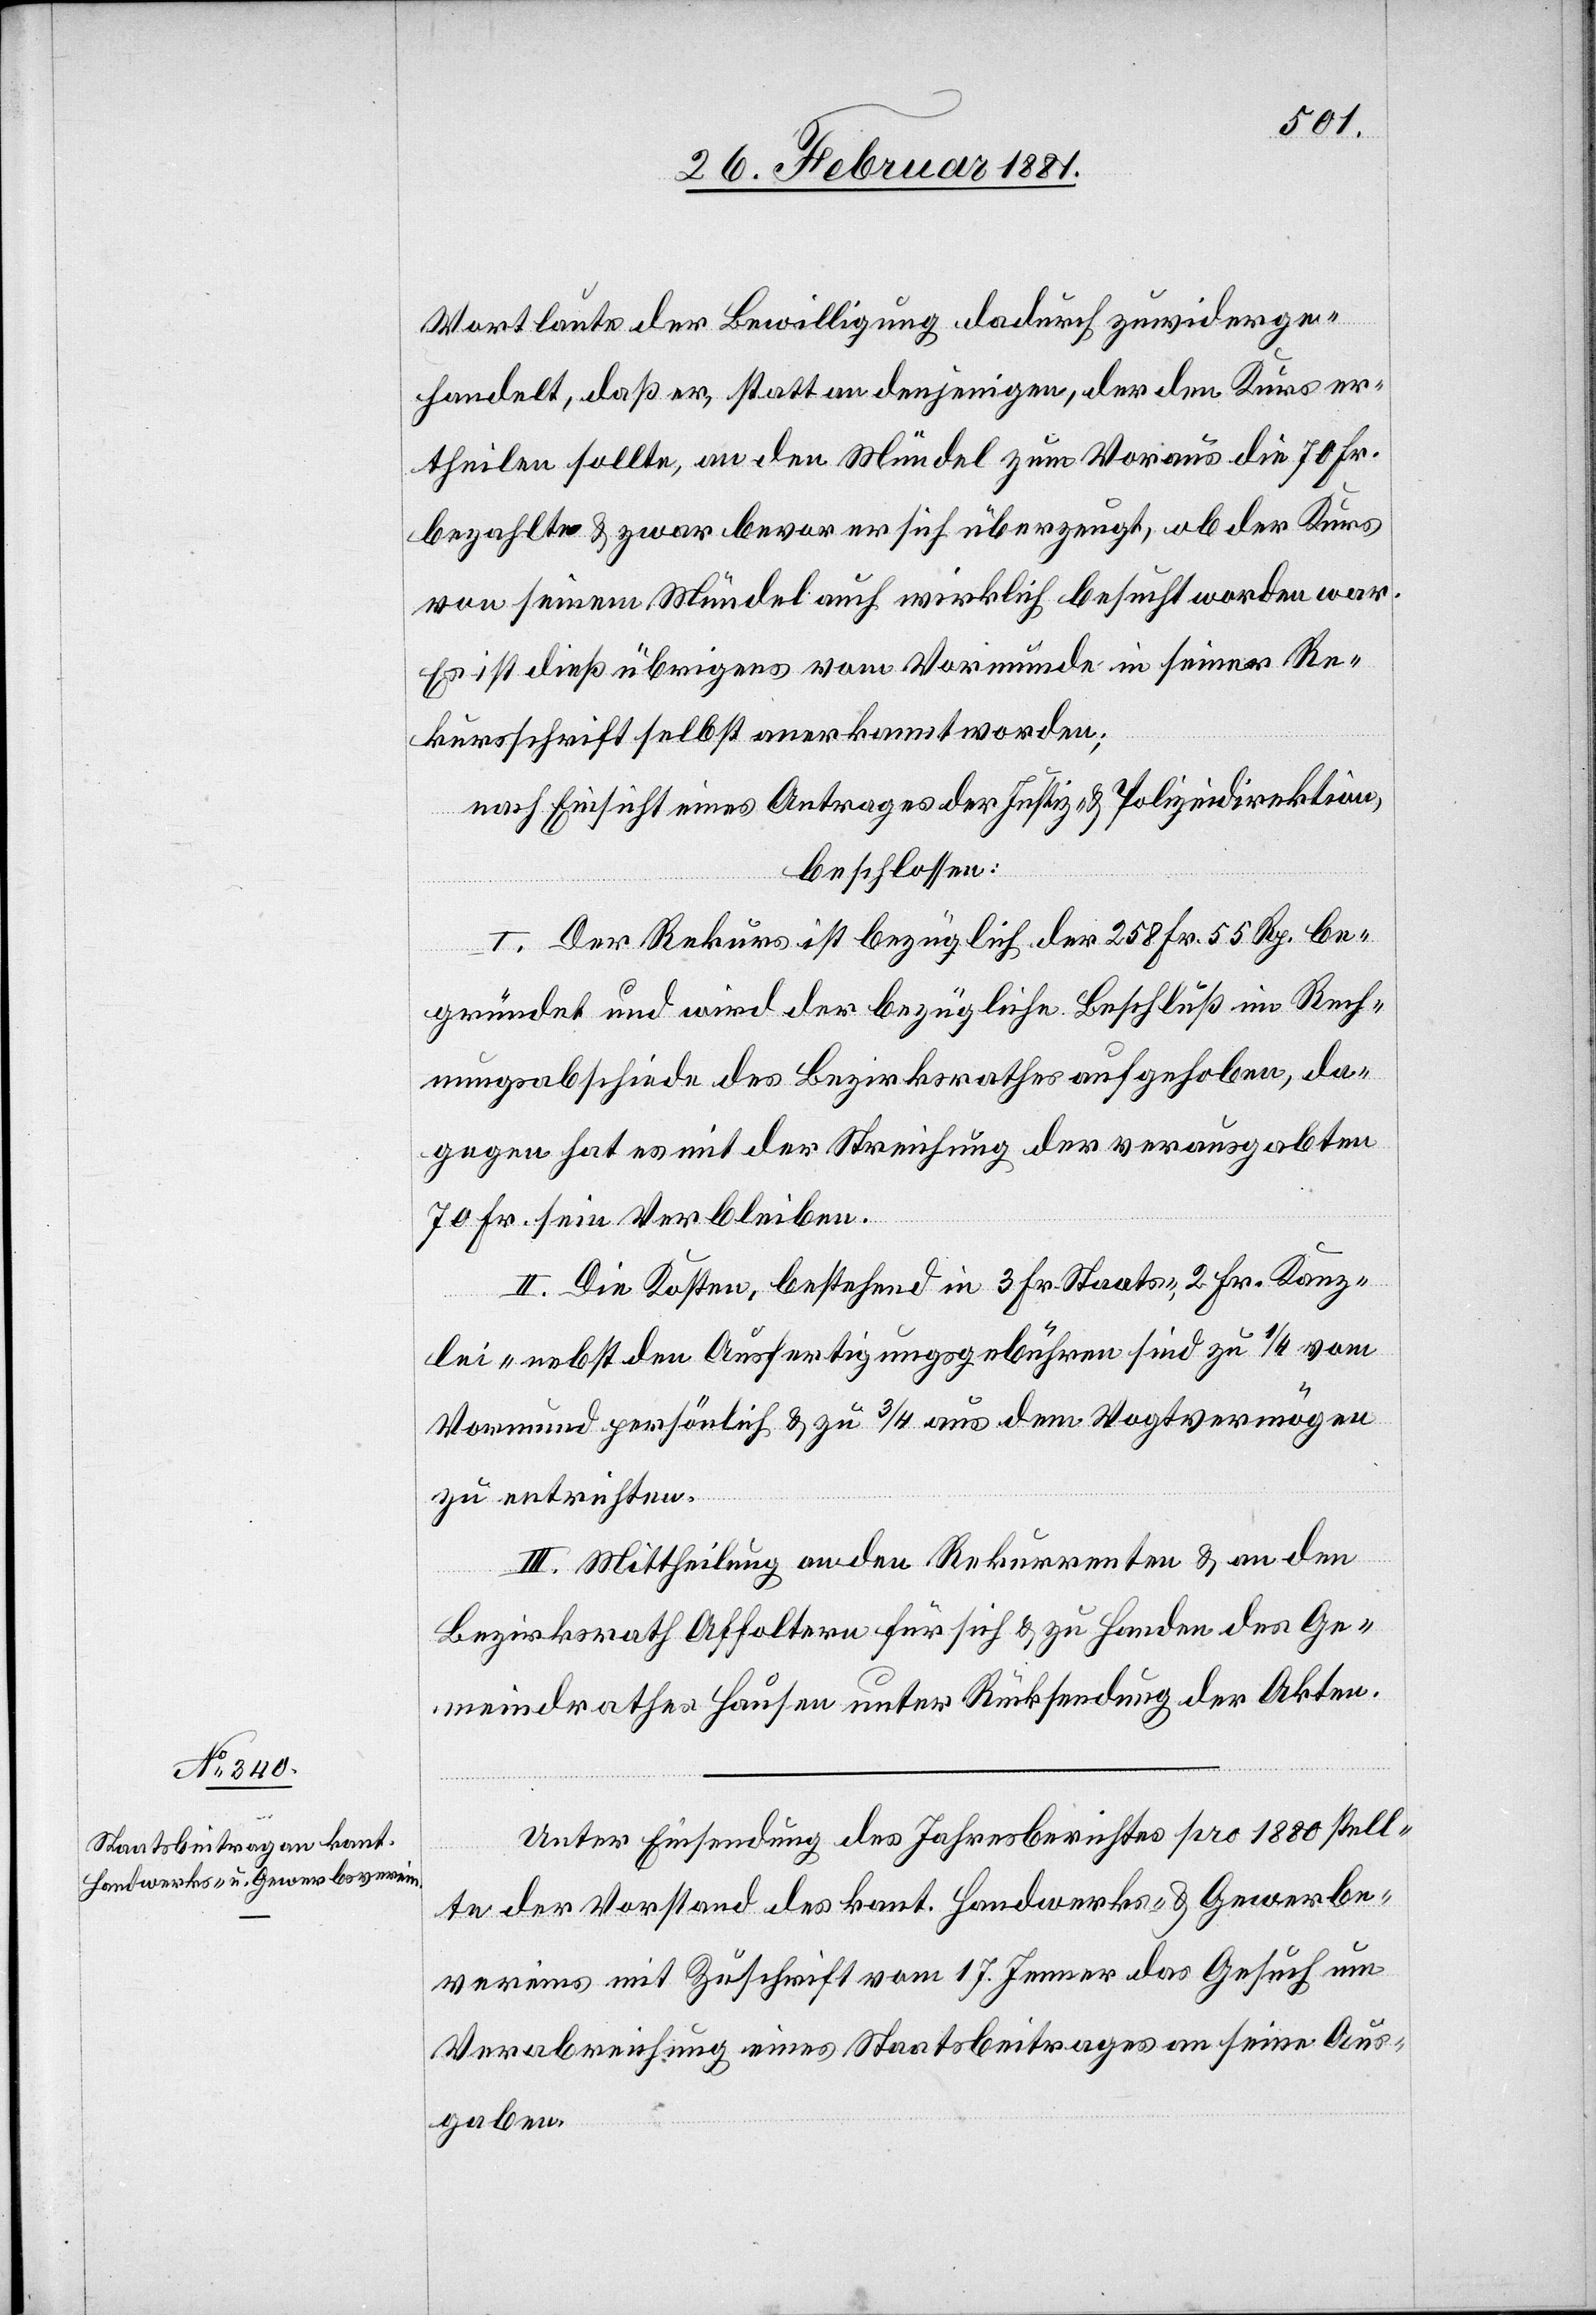
Wortlaute der Bewilligung dadurch zuwiderge¬
handelt, daß er, statt an denjenigen, der den Kurs er¬
theilen sollte, an den Mündel zum Voraus die 70 Fr.
bezahlte & zwar bevor er sich überzeugt, ob der Kurs
von seinem Mündel auch wirklich besucht worden war.
Es ist dieß übrigens vom Vormunde in seiner Re¬
kursschrift selbst anerkannt worden;
nach Einsicht eines Antrages der Justiz- & Polizeidirektion,
beschlossen:
I. Der Rekurs ist bezüglich der 258 Fr. 55 Rp. be¬
gründet und wird der bezügliche Beschluß in Rech¬
nungsabschiede de Bezirksrathes aufgehoben da¬
gegen hat es mit der Streichung der verausgabten
70 Fr. sein Verbleiben.
II. Die Kosten, bestehend in 3 Fr. Staats-, 2 Fr. Kanz¬
lei- nebst den Ausfertigungsgebühren sind zu 1/4 vom
Vormund persönlich & zu 3/4 aus dem Vogtvermögen
zu entrichten.
III. Mittheilung an den Rekurrenten & an den
Bezirksrath Affoltern für sich & zu Handen des Ge¬
meindrathes Hausen unter Rücksendung der Akten.
Unter Einsendung des Jahresberichtes pro 1880 stell¬
te der Vorstand des kant. Handwerks- & Gewerbe¬
vereins mit Zuschrift vom 17. Jenner das Gesuch um
Verabreichung eines Staatsbeitrages an seine Aus¬
gaben.